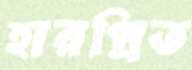
হারপ্রিত